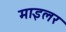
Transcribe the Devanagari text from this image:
माइलर